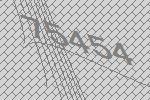
75454